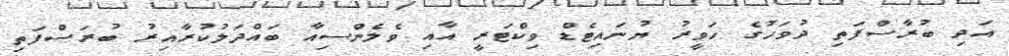
އަދި ބުރާސްފަތި ދުވަހުގެ ހަވީރު ޔުނައިޓެޑް ވިކްޓަރީ އާއި ވެލެންސިއާ ބައްދަލުކުރާއިރު ބުރަސްފަތި